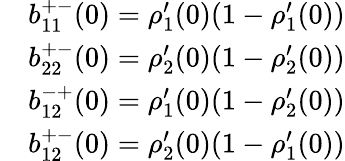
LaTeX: \begin{array}{rl}&{b_{11}^{+-}(0)=\rho_{1}^{\prime}(0)(1-\rho_{1}^{\prime}(0))}\\ &{b_{22}^{+-}(0)=\rho_{2}^{\prime}(0)(1-\rho_{2}^{\prime}(0))}\\ &{b_{12}^{-+}(0)=\rho_{1}^{\prime}(0)(1-\rho_{2}^{\prime}(0))}\\ &{b_{12}^{+-}(0)=\rho_{2}^{\prime}(0)(1-\rho_{1}^{\prime}(0))}\end{array}